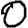
Digit: 0